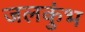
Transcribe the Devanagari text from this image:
जलकुंभ